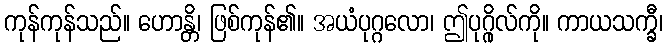
ကုန်ကုန်သည်။ ဟောန္တိ၊ ဖြစ်ကုန်၏။ အယံပုဂ္ဂလော၊ ဤပုဂ္ဂိုလ်ကို။ ကာယသက္ခီ၊